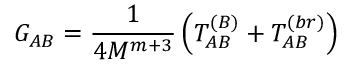
G _ { A B } = \frac { 1 } { 4 M ^ { m + 3 } } \left( T _ { A B } ^ { ( B ) } + T _ { A B } ^ { ( b r ) } \right)